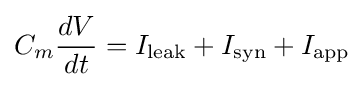
C_{m}{\dfrac {dV}{dt}}=I_{\text{leak}}+I_{\text{syn}}+I_{\text{app}}